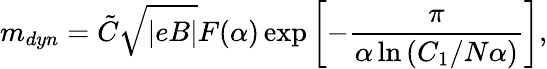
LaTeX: m_{dyn}=\tilde{C}\sqrt{|eB|}F(\alpha)\exp\left[-\frac{\pi}{\alpha\ln\left(C_{1}/N\alpha\right)}\right],